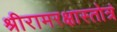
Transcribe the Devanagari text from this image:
श्रीरामरक्षास्तोत्रं